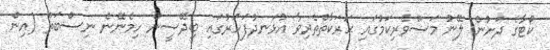
ކޯޓާގެ ދަށުން ލޭނު މަސްވެރިކަމުގައި ޙަރަކާތްތެރިވާ އުޅަނދުފަހަރުގައި ބިދޭސީން ހިމެނޭނެ ނިސްބަތް (އިން